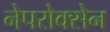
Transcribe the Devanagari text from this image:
नेपरोक्सेन